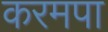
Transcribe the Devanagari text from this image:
करमपा